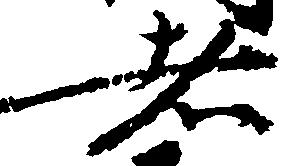
者